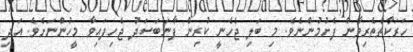
ހަރަކާތްތެރިވާން ފެށުމުންނެވެ. މި ބަލި ޖެހެނީ ކުރިން ފާނަބަސަދު ޖެހިފައިވާ މީހުންނަށެވެ. އަދި